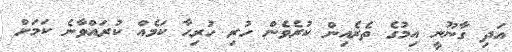
އަދި ގާނޫނީ އިމުގެ ތެރެއިން ކުރެވެން ހުރި ހުރިހާ ކަމެއް ކުރައްވާނެ ކަމަށް